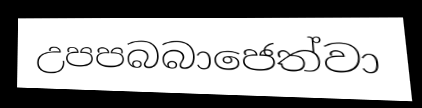
උපපබබාජෙත්වා